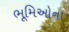
ભૂમિઓના